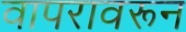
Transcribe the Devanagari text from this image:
वापरावरून